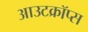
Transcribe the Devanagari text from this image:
आउटक्रॉप्स